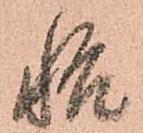
悟